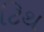
ટિથ